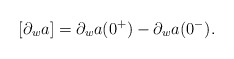
\begin{align*}[\partial_wa]=\partial_wa(0^+)-\partial_wa(0^-) .\end{align*}